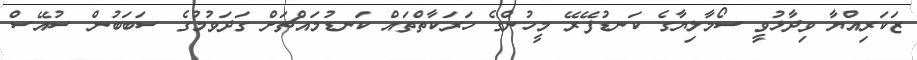
ޒަކަރިއްޔާ ވިދާޅުވީ ސޯމާލިޔާގެ ކަނޑުފޭރޭ މީހުންގެ ހަރަކާތްތައް ކަނޑުމައްޗަށް ގަދަވުމުގެ ސަބަބުން ސުއޭސް